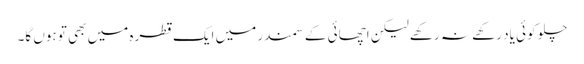
چلو کوئی یاد رکھے نہ رکھے لیکن اچھائی کے سمندر میں ایک قطرہ میں بھی تو ہوں گا۔